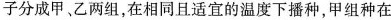
子分成甲、乙两组，在相同且适宜的温度下播种，甲组种在